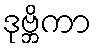
ဒုဗ္ဘိကာ